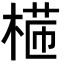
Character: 𣕸